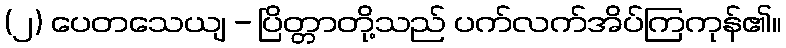
(၂) ပေတသေယျ - ပြိတ္တာတို့သည် ပက်လက်အိပ်ကြကုန်၏။